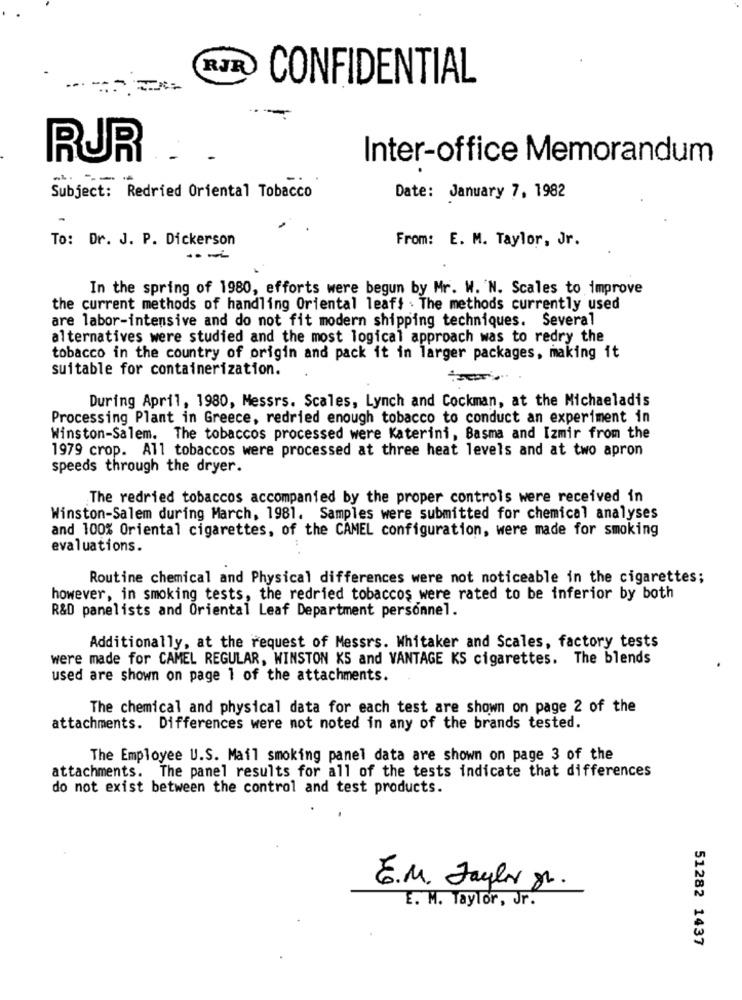
RJR
CONFIDENTIAL
RUR
Inter-office Memorandum
Subject: Redried Oriental Tobacco
Date: January 7, 1982
To: Dr. J. P. Dickerson
From: E. M. Taylor, Jr.
In the spring of 1980, efforts were begun by Mr. W. N. Scales to improve
the current methods of handling Oriental leafs . The methods currently used
are labor-intensive and do not fit modern shipping techniques. Several
alternatives were studied and the most logical approach was to redry the
tobacco in the country of origin and pack it in larger packages, making it
suitable for containerization.
During April, 1980, Messrs. Scales, Lynch and Cockman, at the Michaeladis
Processing Plant in Greece, redried enough tobacco to conduct an experiment in
Winston-Salem. The tobaccos processed were Katerini, Basma and Izmir from the
1979 crop. All tobaccos were processed at three heat levels and at two apron
speeds through the dryer.
The redried tobaccos accompanied by the proper controls were received in
Winston-Salem during March, 1981. Samples were submitted for chemical analyses
and 100% Oriental cigarettes, of the CAMEL configuration, were made for smoking
evaluations.
Routine chemical and Physical differences were not noticeable in the cigarettes;
however, in smoking tests, the redried tobaccos were rated to be inferior by both
R&D panelists and Oriental Leaf Department personnel.
Additionally, at the request of Messrs. Whitaker and Scales, factory tests
were made for CAMEL REGULAR, WINSTON KS and VANTAGE KS cigarettes. The blends
used are shown on page 1 of the attachments.
The chemical and physical data for each test are shown on page 2 of the
attachments. Differences were not noted in any of the brands tested.
The Employee U.S. Mail smoking panel data are shown on page 3 of the
attachments. The panel results for all of the tests indicate that differences
do not exist between the control and test products.
E.M. Taylor gr.
E. M. Taylor, Jr.
51282 1437